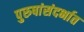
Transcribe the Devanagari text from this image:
पुरुषांसंदर्भात